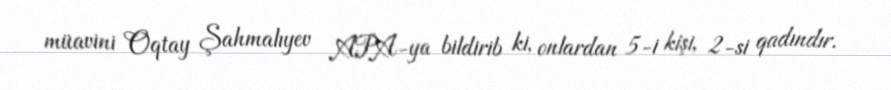
müavini Oqtay Şahmalıyev APA-ya bildirib ki, onlardan 5-i kişi, 2-si qadındır.